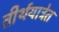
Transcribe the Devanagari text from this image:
तीर्थयात्रेत